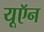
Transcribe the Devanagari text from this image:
यूऍन